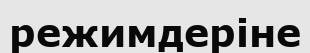
режимдеріне